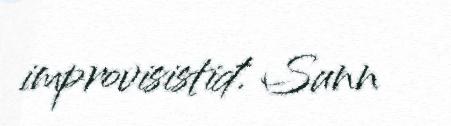
improvisistiđ. Sunn